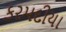
કરમદીયા